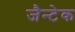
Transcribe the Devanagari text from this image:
जैन्टेक